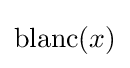
\operatorname {blanc} (x)